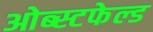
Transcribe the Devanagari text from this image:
ओब्स्टफेल्ड